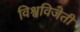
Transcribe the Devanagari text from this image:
विश्वविजेती